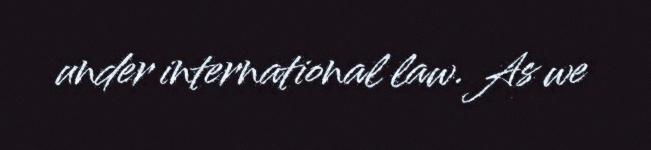
under international law. As we